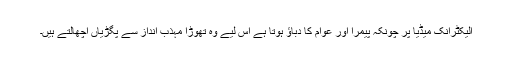
الیکٹرانک میڈیا پر چونکہ پیمرا اور عوام کا دباؤ ہوتا ہے اس لیے وہ تھوڑا مہذب انداز سے پگڑیاں اچھالتے ہیں۔